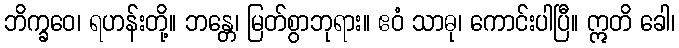
ဘိက္ခဝေ၊ ရဟန်းတို့။ ဘန္တေ၊ မြတ်စွာဘုရား။ ဧဝံ သာဓု၊ ကောင်းပါပြီ။ ဣတိ ခေါ၊